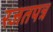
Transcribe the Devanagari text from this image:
रजतपत्र